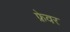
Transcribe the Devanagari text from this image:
फ्रेवर